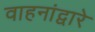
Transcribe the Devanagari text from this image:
वाहनांद्वारे